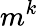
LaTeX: m^{k}